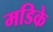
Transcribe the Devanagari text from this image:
मडिके